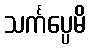
သင်္ကပ္ပေမိ